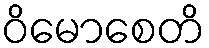
ဝိမောစေတိ